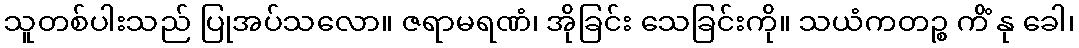
သူတစ်ပါးသည် ပြုအပ်သလော။ ဇရာမရဏံ၊ အိုခြင်း သေခြင်းကို။ သယံကတဉ္စ ကိံ နု ခေါ၊